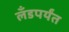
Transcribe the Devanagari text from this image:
लँडपर्यंत